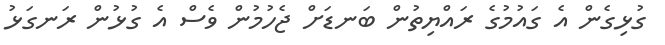
ގުޅިގެން އެ ގައުމުގެ ރައްޔިތުން ބަނޑަށް ޖެހުމުން ވެސް އެ ގުޅުން ރަނގަޅު